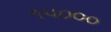
૧૫૦૦૦